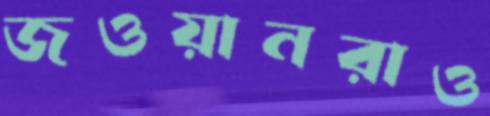
জওয়ানরাও